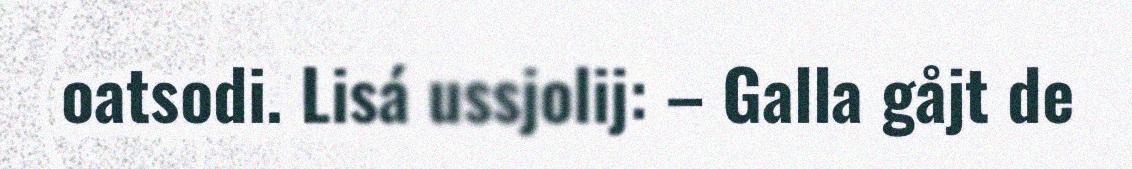
oatsodi. Lisá ussjolij: – Galla gåjt de